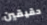
حقيقين